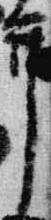
弁